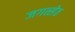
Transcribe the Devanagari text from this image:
जगत्सेठ